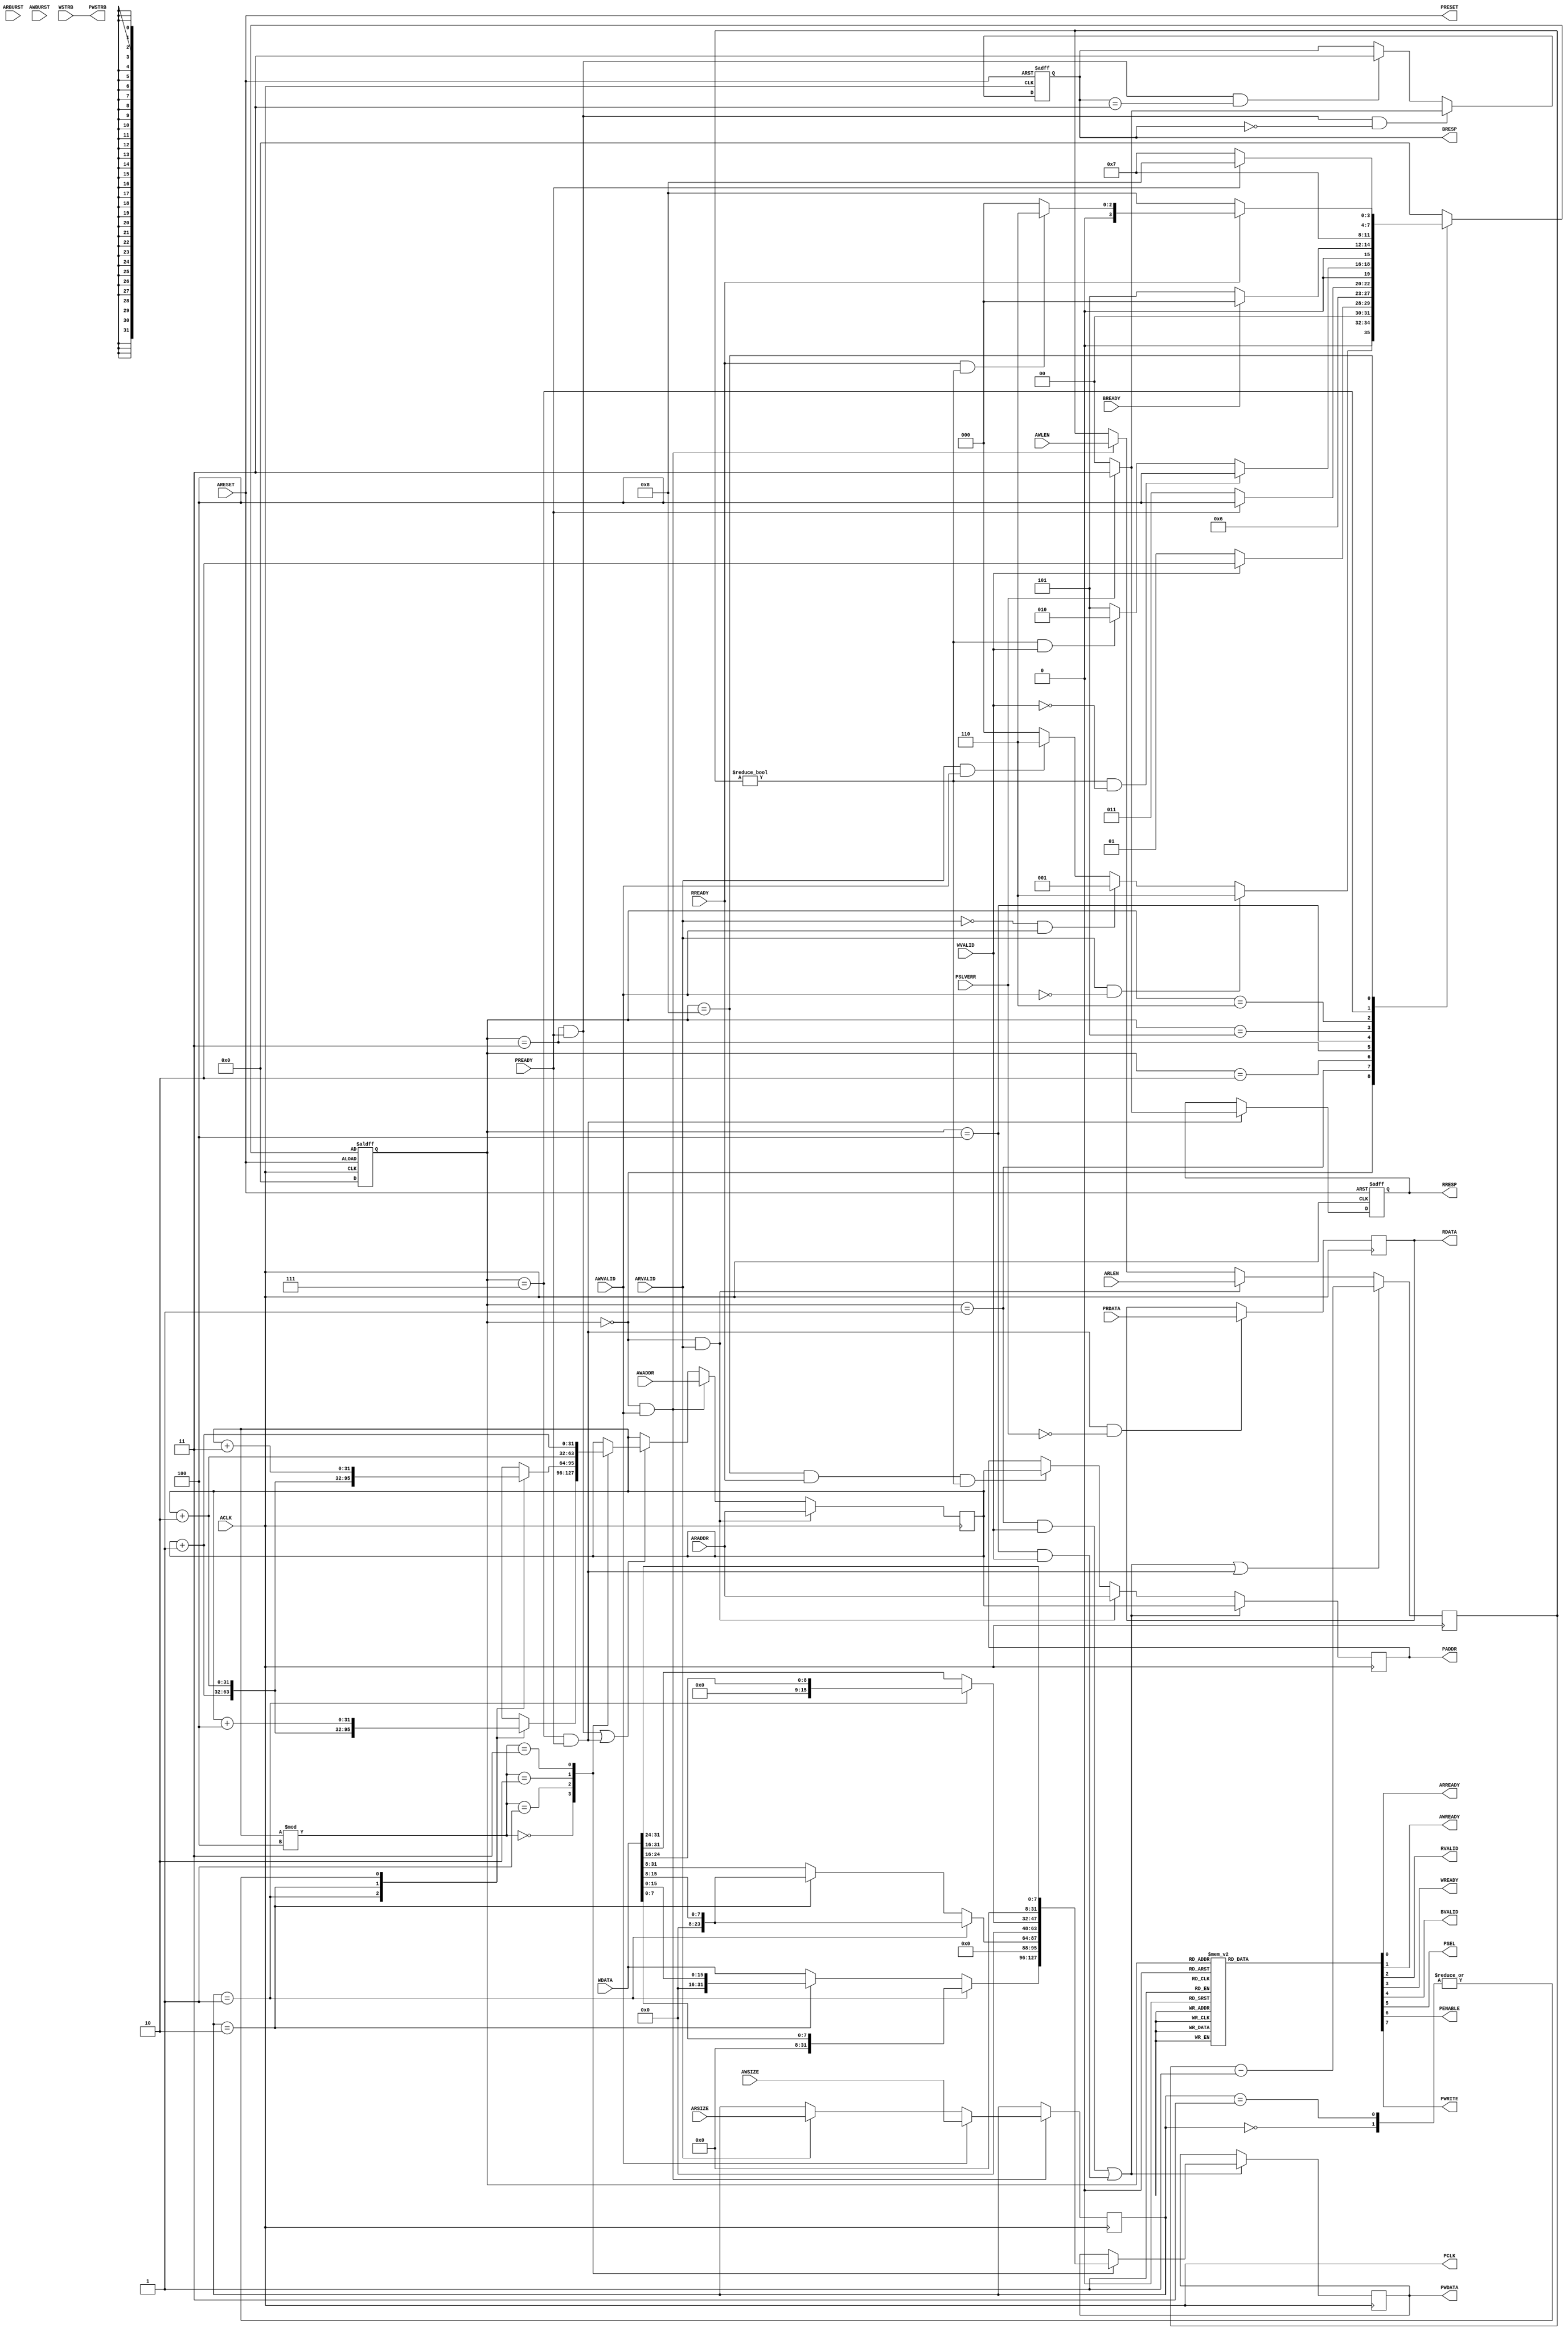
`timescale 1ns / 1ps
//////////////////////////////////////////////////////////////////////////////////
// Company: 
// Engineer: 
// 
// Design Name: 
// Module Name: AXI_APB_Bridge
// Project Name: 
// Target Devices: 
// Tool Versions: 
// Description: 
// 
// Dependencies: 
// 
// Revision:
// Revision 0.01 - File Created
// Additional Comments:
// 
//////////////////////////////////////////////////////////////////////////////////


module AXI_APB_Bridge(
    
    //AXI interface signals
     ACLK,
     ARESET,
    
     ARADDR,
     ARVALID,
     ARREADY,
     ARSIZE,
     ARBURST,
     ARLEN,
     
     AWADDR,
     AWVALID,
     AWREADY,
     AWSIZE,
     AWBURST,
     AWLEN,
     
     RDATA,
     RVALID,
     RRESP,
     RREADY,
     
     WDATA,
     WVALID,
     WSTRB,
     WREADY,
     
     BRESP,
     BVALID,
     BREADY,
     
     //APB interface signals
     
     PCLK,
     PRESET,
     PADDR,
     PSEL,
     
     PENABLE,
     PWRITE,
     PWDATA,
     PWSTRB,
     PREADY,
     PRDATA,
     PSLVERR

    );
    
    parameter MAX_TRANSFER_WIDTH=2;
        
    //AXI interface signals
     
     input ACLK;
     input ARESET;
        
     input[31:0] ARADDR;
     input ARVALID;
     input[1:0] ARSIZE;
     input[1:0] ARBURST;
     input[MAX_TRANSFER_WIDTH-1:0] ARLEN;
     output reg ARREADY;
     
     input[31:0] AWADDR;
     input AWVALID;
     input[1:0] AWSIZE;
     input[1:0] AWBURST;
     input[1:0] AWLEN;
     output reg AWREADY;
     
     output reg[31:0] RDATA;
     output reg RVALID;
     output reg[1:0] RRESP;
     input RREADY;
     
     input[31:0] WDATA;
     input WVALID;
     input[3:0] WSTRB;
     output reg WREADY;
     
     output reg[1:0] BRESP;
     output reg BVALID;
     input BREADY;
     
     //APB interface signals
     
     output reg PCLK;
     output reg PRESET;
     output reg[31:0] PADDR;
     output reg PSEL;
     
     output reg PENABLE;
     output reg PWRITE;
     output reg[31:0] PWDATA;
     output reg[3:0] PWSTRB;
     input PREADY;
     input[31:0] PRDATA;
     input PSLVERR;
     
     
     //state registers
     reg[3:0] present_state;
     reg[3:0] next_state;
     
     //sampled address and datas
     reg[31:0] sampled_address;
     reg[1:0] sampled_wlen;
     reg[1:0] sampled_rlen;
     
     reg[1:0] sampled_rsize;
     reg[1:0] sampled_wsize;
     
     reg[1:0] sampled_rburst;
     reg[1:0] sampled_wburst;
     
     reg[3:0] sampled_wstrb;
     
     reg[31:0] sampled_wdata;
     
     
     
     
     //initially handle writes
     
     parameter IDLE_STATE=4'b0000;//ARREADY=1 and AWREADY=1
     parameter WRITE_ADDRESS_RECEIVED_STATE=4'b0001;//ARREADY=0 and AWREADY=0, WREADY=1 if it's a write
     parameter WRITE_DATA_RECEIVED_STATE=4'b0010;//WREADY=0,PSEL=1,PWRITE=1
     parameter PENABLE_SIGNAL=4'b0011;//PENABLE=1,WREADY=0
     parameter DATA_TRANSFERRED_STATE=4'b0100;//PENABLE=0 and WREADY=1
     parameter TRANSFER_COMPLETE_STATE=4'b0101;//BVALID=1, once BREADY=1 go to idle
     parameter READ_ADDRESS_RECEIVED_STATE=4'B0110;//ARREADY=0 and AWREADY=0
     parameter PENABLE_READ_SIGNAL=4'b0111;//PENABLE=1'b1
     parameter READ_DATA_TRANSFERRED_STATE=4'b1000;//PENABLE=1'b0
    
    //if you want to reset the device it's the same for AXI and APB
    always@(*)
    begin
        PRESET=ARESET;
    end
    
    always@(*)
    begin
        PWSTRB=WSTRB;
    end
    
    
    /*
        state transition on a clock edge
    */
    
    always@(posedge ACLK or posedge ARESET)
    begin
        if(!ARESET)
        begin
            present_state<=IDLE_STATE;
        end
        else
        begin
            present_state<=next_state;
        end
    end
    
    /*
        next state logic
    */
    always@(*)//ideally it shouldn't be (*) but it should be (present_state and inputs)
    begin
        next_state=IDLE_STATE;
        case(present_state)
            IDLE_STATE:
            begin
                next_state=IDLE_STATE;
                if(ARVALID==1'b1 && AWVALID==1'b0)
                begin
                    next_state=READ_ADDRESS_RECEIVED_STATE;
                end
                else if(ARVALID==1'b0 && AWVALID==1'b1)
                begin
                    next_state=WRITE_ADDRESS_RECEIVED_STATE;
                end
                else if(ARVALID==1'b1 && AWVALID==1'b1)
                begin
                    next_state=READ_ADDRESS_RECEIVED_STATE;
                end
                else
                begin
                    next_state=IDLE_STATE;
                end
            end
            WRITE_ADDRESS_RECEIVED_STATE://In this state WREADY=1
            begin
                next_state=WRITE_ADDRESS_RECEIVED_STATE;
                if(WVALID==0)
                begin
                    next_state=WRITE_ADDRESS_RECEIVED_STATE;
                end
                else
                begin
                    next_state=WRITE_DATA_RECEIVED_STATE;
                end
            end
            WRITE_DATA_RECEIVED_STATE:
            begin
                next_state=PENABLE_SIGNAL;
            end
            PENABLE_SIGNAL:
            begin
                next_state=PENABLE_SIGNAL;
                if(PREADY)
                begin
                    next_state=DATA_TRANSFERRED_STATE;
                end
                else
                begin
                    next_state=PENABLE_SIGNAL;
                end
            end
            DATA_TRANSFERRED_STATE:
            begin
                next_state=DATA_TRANSFERRED_STATE;
                if(sampled_wlen!=0 && WVALID==0)
                begin
                    next_state=DATA_TRANSFERRED_STATE;
                end
                else if(sampled_wlen!=0 && WVALID==1)
                begin
                    next_state=WRITE_DATA_RECEIVED_STATE;
                end
                else
                begin
                    next_state=TRANSFER_COMPLETE_STATE;
                end
            end
            TRANSFER_COMPLETE_STATE:
            begin
                next_state=TRANSFER_COMPLETE_STATE;
                if(BREADY==1)
                begin
                    next_state=IDLE_STATE;
                end
                else
                begin
                    next_state=TRANSFER_COMPLETE_STATE;
                end
                
            end
            READ_ADDRESS_RECEIVED_STATE://start set up phase here
            begin
                next_state=PENABLE_READ_SIGNAL;  
            end
            PENABLE_READ_SIGNAL:
            begin
                next_state=PENABLE_READ_SIGNAL;
                if(PREADY==1'b1)
                begin
                    next_state=READ_DATA_TRANSFERRED_STATE;
                end
                else
                begin
                    next_state=PENABLE_READ_SIGNAL;
                end
            end
            READ_DATA_TRANSFERRED_STATE:
            begin
                next_state=READ_DATA_TRANSFERRED_STATE;
                if(RREADY==1'b0)
                begin
                    next_state=READ_DATA_TRANSFERRED_STATE;
                end
                else if(RREADY==1'b1 && sampled_wlen!=0)
                begin
                    next_state=READ_ADDRESS_RECEIVED_STATE;
                end
                else
                begin
                    next_state= IDLE_STATE;
                end
            end
           
            
        endcase
        
    end
    /*
    
        state decoding
    */
   
    //state outputs
    always@(*)
    begin
           ARREADY=1'b0;
           AWREADY=1'b0;
           RVALID=1'b0;
           WREADY=1'b0;
           BVALID=1'b0;
           
           //APB outputs
           PSEL=1'b0;
           PENABLE=1'b0;
           PWRITE=1'b0;
        case(present_state)
            IDLE_STATE:
            begin
                ARREADY=1'b1;
                AWREADY=1'b1;
                RVALID=1'b0;
                WREADY=1'b0;
                BVALID=1'b0;
                
                //APB outputs
                PSEL=1'b0;
                PENABLE=1'b0;
                PWRITE=1'b0;
                
            end
            WRITE_ADDRESS_RECEIVED_STATE:
            begin
                ARREADY=1'b0;
                AWREADY=1'b0;
                RVALID=1'b0;
                WREADY=1'b1;
                BVALID=1'b0;
                
                //APB outputs
                PSEL=1'b0;
                PENABLE=1'b0;
                PWRITE=1'b0;
            end
            WRITE_DATA_RECEIVED_STATE:
            begin
                ARREADY=1'b0;
                AWREADY=1'b0;
                RVALID=1'b0;
                WREADY=1'b0;
                BVALID=1'b0;
                
                //APB outputs
                PSEL=1'b1;
                PENABLE=1'b0;
                PWRITE=1'b1;
            end
            PENABLE_SIGNAL:
            begin
                ARREADY=1'b0;
                AWREADY=1'b0;
                RVALID=1'b0;
                WREADY=1'b0;
                BVALID=1'b0;
                
                //APB outputs
                PSEL=1'b1;
                PENABLE=1'b1;
                PWRITE=1'b1;
            end
            DATA_TRANSFERRED_STATE:
            begin
                ARREADY=1'b0;
                AWREADY=1'b0;
                RVALID=1'b0;
                WREADY=1'b1;
                BVALID=1'b0;
                
                //APB outputs
                PSEL=1'b1;
                PENABLE=1'b0;
                PWRITE=1'b1;
            end
            TRANSFER_COMPLETE_STATE:
            begin
                ARREADY=1'b0;
                AWREADY=1'b0;
                RVALID=1'b0;
                WREADY=1'b0;
                BVALID=1'b1;
                
                //APB outputs
                PSEL=1'b0;
                PENABLE=1'b0;
                PWRITE=1'b0;
            end
            READ_ADDRESS_RECEIVED_STATE:
            begin
                ARREADY=1'b0;
                AWREADY=1'b0;
                RVALID=1'b0;
                WREADY=1'b0;
                BVALID=1'b0;
                
                //APB outputs
                PSEL=1'b1;
                PENABLE=1'b0;
                PWRITE=1'b0;
            end
            PENABLE_READ_SIGNAL:
            begin
                ARREADY=1'b0;
                AWREADY=1'b0;
                RVALID=1'b0;
                WREADY=1'b0;
                BVALID=1'b0;
                
                //APB outputs
                PSEL=1'b1;
                PENABLE=1'b1;
                PWRITE=1'b0;
            end
            READ_DATA_TRANSFERRED_STATE:
            begin
                ARREADY=1'b0;
                AWREADY=1'b0;
                RVALID=1'b1;
                WREADY=1'b0;
                BVALID=1'b0;
                
                //APB outputs
                PSEL=1'b0;
                PENABLE=1'b0;
                PWRITE=1'b0;
            end
        endcase
        
    end
    
    always@(*)
    begin
        PCLK=ACLK;
    end
    //address sample LOGIC
    always@(posedge ACLK)
    begin
        if(present_state==IDLE_STATE && ARVALID==1'b1)
        begin
            sampled_address<=ARADDR;
            //sampled_wlen<=ARLEN;
        end
        else if(present_state==IDLE_STATE && AWVALID==1'b1)
        begin
            sampled_address<=AWADDR;
            //sampled_wlen<=AWLEN;
        end
        else if((present_state==PENABLE_SIGNAL && PREADY==1'b1) || (present_state==PENABLE_READ_SIGNAL && PREADY==1'b1))//increment the address
        begin
            //unaligned transfers
            case(sampled_address%4)
                2'b00:
                begin
                    case(sampled_wsize)
                        2'b00://32 bits
                        begin
                            sampled_address<=sampled_address+4;        
                        end
                        2'b01://8 bits
                        begin
                            sampled_address<=sampled_address+1;
                        end
                        2'b10://16 bits
                        begin
                            sampled_address<=sampled_address+2;
                        end
                        2'b11://32 bits
                        begin
                            sampled_address<=sampled_address+4;
                        end
                    endcase
                    
                end
                2'b01:
                begin
                    case(sampled_wsize)
                        2'b00:
                        begin
                           sampled_address<=sampled_address+3;             
                        end
                        2'b01:
                        begin
                            sampled_address<=sampled_address+1;
                        end
                        2'b10:
                        begin
                            sampled_address<=sampled_address+2;
                        end
                        2'b11:
                        begin
                            sampled_address<=sampled_address+3;
                        end
                    endcase
                    
                end
                2'b10:
                begin
                    case(sampled_wsize)
                        2'b00:
                        begin
                            sampled_address<=sampled_address+2;
                        end
                        2'b01:
                        begin
                            sampled_address<=sampled_address+1;
                        end
                        2'b10:
                        begin
                            sampled_address<=sampled_address+2;
                        end
                        2'b11:
                        begin
                            sampled_address<=sampled_address+2;
                        end
                    endcase
                    sampled_address<=sampled_address+2;
                end
                2'b11:
                begin
                    case(sampled_wsize)
                        2'b00:
                        begin
                            sampled_address<=sampled_address+1;
                        end
                        2'b01:
                        begin
                            sampled_address<=sampled_address+1;
                        end
                        2'b10:
                        begin
                            sampled_address<=sampled_address+1;
                        end
                        2'b11:
                        begin
                            sampled_address<=sampled_address+1;
                        end
                    endcase
                    sampled_address<=sampled_address+1;
                end
            endcase
        end
        else
        begin
            sampled_address<=sampled_address;
            //sampled_wlen<=sampled_wlen;
        end
    end
    
    //decrement the sampled length
    always@(posedge ACLK)
    begin
        if((present_state==WRITE_ADDRESS_RECEIVED_STATE && WVALID==1) || (present_state==DATA_TRANSFERRED_STATE && WVALID==1'b1) || (present_state==PENABLE_READ_SIGNAL && PREADY==1'b1))
        begin
            sampled_wlen<=sampled_wlen-1;
        end
        else if(present_state==IDLE_STATE && ARVALID==1'b1)
        begin
            sampled_wlen<=ARLEN;
        end
        else if(present_state==IDLE_STATE && AWVALID==1'b1)
        begin
            sampled_wlen<=AWLEN;
        end
        else
        begin
            sampled_wlen<=sampled_wlen;
        end
            
    end
    //sampling of AWSIZE and ARSIZE
    always@(posedge ACLK)
    begin
        if(present_state==IDLE_STATE && AWVALID==1'b1)
        begin
            if(AWVALID==1'b1)
            begin
                sampled_wsize<=AWSIZE;
            end
            else if(ARVALID==1'b1)
            begin
                sampled_wsize<=ARSIZE;
            end
            else
            begin
                sampled_wsize<=sampled_wsize;
            end
        end
       
    end

    
    
    //write data sample LOGIC
    always@(posedge ACLK)
    begin
        if((present_state==WRITE_ADDRESS_RECEIVED_STATE && WVALID==1'b1) || (present_state==DATA_TRANSFERRED_STATE && WVALID==1'b1))
        begin
            sampled_wdata<=WDATA;
            sampled_wstrb<=WSTRB;
            
        end
        else
        begin
            sampled_wdata<=sampled_wdata;
            sampled_wstrb<=sampled_wstrb;
        end
        
    end
    
    //write data on PWDATA bus and also address sampling
    always@(posedge ACLK)
    begin
        if((present_state==WRITE_ADDRESS_RECEIVED_STATE && WVALID==1'b1) || (present_state==DATA_TRANSFERRED_STATE && WVALID==1'b1))
        begin
            PADDR<=sampled_address;
            case(sampled_address%4)
                2'b00:
                begin
                    if(sampled_wsize==2'd1)//8 bits
                    begin
                        PWDATA<={24'd0,WDATA[7:0]};//data present in first eight bits
                    end
                    else if(sampled_wsize==2'd2)//16 bits
                    begin
                        PWDATA<={16'd0,WDATA[15:0]};//data present in first sixteen bits
                    end
                    else    //32 bits
                    begin
                        PWDATA<=WDATA;//data present in all 32 bits
                    end
                end
                2'b01:
                begin
                    if(sampled_wsize==2'd1)//8 bits
                    begin
                        PWDATA<={24'd0,WDATA[15:8]};//data present in next 8 bits
                    end
                    else if(sampled_wsize==2'd2)//16 bits
                    begin
                        PWDATA<={24'd0,WDATA[15:8]};//data present in next 16 bits
                    end
                    else    //32 bits
                    begin
                        PWDATA<={8'd0,WDATA[31:8]};//unaligned tranfer first 8 bits doesn't contain data
                    end
                    
                end
                2'b10:
                begin
                    if(sampled_wsize==2'd1)//8 bits
                    begin
                        PWDATA<={24'd0,WDATA[24:16]};
                    end
                    else if(sampled_wsize==2'd2)//16 bits
                    begin
                        PWDATA<={16'd0,WDATA[31:16]};
                    end
                    else    //32 bits
                    begin
                        PWDATA<={16'd0,WDATA[31:16]};
                    end
                end
                2'b11:
                begin
                   if(sampled_wsize==2'd1)//8 bits
                    begin
                        PWDATA<={24'd0,WDATA[31:24]};
                    end
                    else if(sampled_wsize==2'd2)//16 bits
                    begin
                        PWDATA<={24'd0,WDATA[31:24]};
                    end
                    else    //32 bits
                    begin
                        PWDATA<={24'd0,WDATA[31:24]};
                    end 
                end
            endcase
            
        end
        else if(present_state==IDLE_STATE && ARVALID==1'b1)
        begin
            PADDR<=ARADDR;
        end
        else if(present_state==READ_DATA_TRANSFERRED_STATE && RREADY==1'b1 && sampled_wlen!=0)
        begin
            PADDR<=sampled_address;
        end
    end
    
    
    //error handling
    always@(posedge ACLK or negedge ARESET)
    begin
        if(ARESET==1'b0)
        begin
            BRESP<=2'd0;
        end
        else
            begin
            if(present_state==PENABLE_SIGNAL && PREADY==1'b1 && BRESP==2'b00)//change the logic since if one thing is error the whole burst should be an error
            begin
                if(PSLVERR==1'b0)
                begin
                    BRESP<=2'b00;
                end
                else
                begin
                    BRESP<=2'b11;//error
                end
            end
            else if(present_state==PENABLE_SIGNAL && PREADY==1'b1 && BRESP==2'b11)//an error that happenned before
            begin
                BRESP<=2'b11;//an error
            end
            else
            begin
                BRESP<=BRESP;
            end
        end
    end
    
    //Read address sampling  
    always@(posedge ACLK)
    begin
        if(present_state==PENABLE_READ_SIGNAL && PREADY==1'b1 && PSLVERR==1'b0)
        begin
            RDATA<=PRDATA;
        end
    end
    
    always@(posedge ACLK or negedge ARESET)
    begin
        if(ARESET==1'b0)
        begin
            RRESP=2'b00;
        end
        else
        begin
            if(present_state==PENABLE_READ_SIGNAL && PREADY==1'b1)
            begin
                if(PSLVERR==1'b1)
                begin
                    RRESP<=2'b11;
                end
                else
                begin
                    RRESP<=2'b00;
                end
                    
            end
            
        end
    end 
    
endmodule